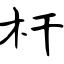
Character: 杆